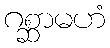
ဂစ္ဆာမဟံ